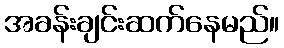
အခန်းချင်းဆက်နေမည်။